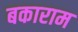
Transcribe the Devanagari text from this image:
बकाराम